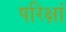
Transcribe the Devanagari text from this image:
परिक्षां